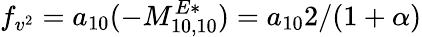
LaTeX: f_{v^{2}}=a_{10}(-M_{10,10}^{E*})=a_{10}2/(1+\alpha)